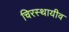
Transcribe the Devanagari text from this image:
चिरस्थायीव